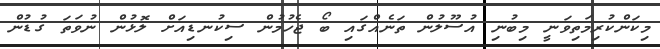
މިކަންކުރިމަތިވަނީ މިބުނި އުސޫލުން ތަނެއްގައި ބޯ ޖެހުމުން ސިކުނޑިއަށް ލޮޅުން ނުވަތަ ގުޑުން